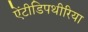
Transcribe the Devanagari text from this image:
ऐंटीडिपथीरिया